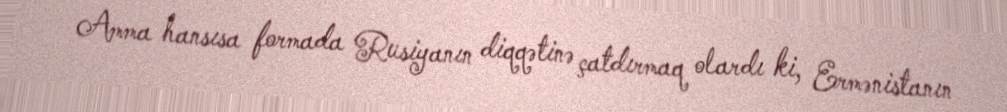
Amma hansısa formada Rusiyanın diqqətinə çatdırmaq olardı ki, Ermənistanın